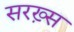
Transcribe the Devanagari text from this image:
सरख़्स